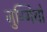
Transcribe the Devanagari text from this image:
जुग्गियों